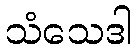
သံသေဒါ